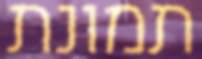
תמונת